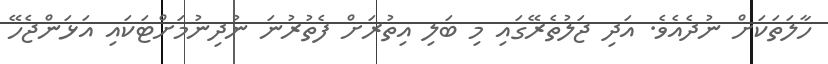
ހާލަތަކަށް ނުދެއެވެ. އަދި ޖަލުތެރޭގައި މި ބަލި އިތުރަށް ފެތުރުނަ ނުދިނުމަށްޓަކައި އަޅަންޖެހޭ